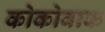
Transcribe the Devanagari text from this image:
कोकोवाक